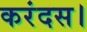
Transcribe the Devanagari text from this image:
करंदस।